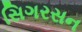
સિગરસન